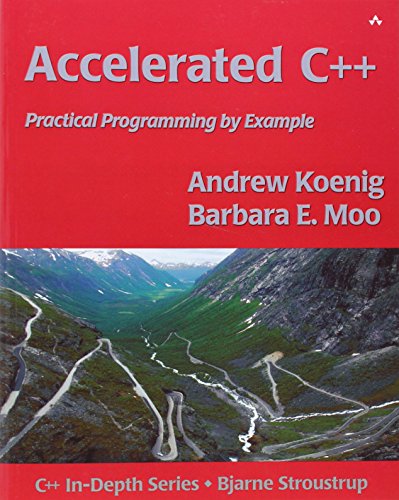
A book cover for Accelerated C++: Practical Programming by Example; Andrew Koenig; Computers & Technology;